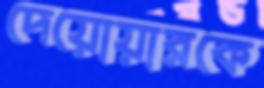
দেয়োয়ারকে